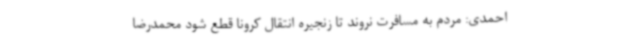
احمدی: مردم به مسافرت نروند تا زنجیره انتقال کرونا قطع شود محمدرضا